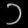
Digit: ၁